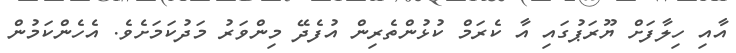
އާއި ހިލާފަށް ޔޫރަޕުގައި އާ ކެރަމް ކުޅުންތެރިން އުފެދޭ މިންވަރު މަދުކަމަށެވެ. އެހެންކަމުން